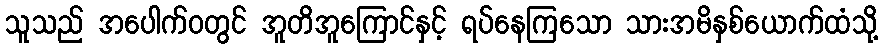
သူသည် အပေါက်ဝတွင် အူတိအူကြောင်နှင့် ရပ်နေကြသော သားအမိနှစ်ယောက်ထံသို့